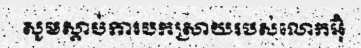
សូមស្តាប់ការបកស្រាយរបស់លោកអ៊ុំ